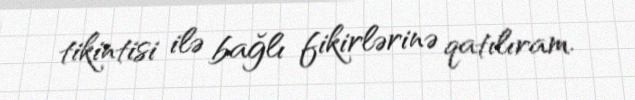
tikintisi ilə bağlı fikirlərinə qatılıram.